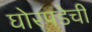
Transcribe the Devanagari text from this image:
घोरपडेची